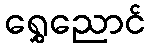
ရွှေညောင်